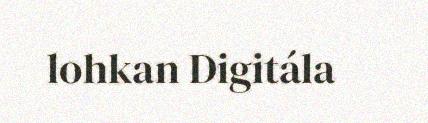
lohkan Digitála